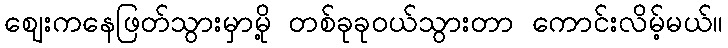
ဈေးကနေဖြတ်သွားမှာမို့ တစ်ခုခုဝယ်သွားတာ ကောင်းလိမ့်မယ်။